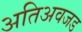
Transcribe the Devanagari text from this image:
अतिअवजड